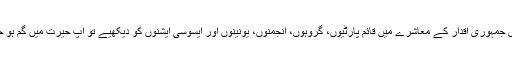
اب ذرا اس جمہوری اقدار کے معاشرے میں قائم پارٹیوں، گروہوں، انجمنوں، یونینوں اور ایسوسی ایشنوں کو دیکھیے تو آپ حیرت میں گم ہو جائیں گے۔